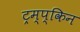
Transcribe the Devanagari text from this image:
ट्रम्प्किन